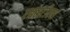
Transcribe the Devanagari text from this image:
एक्सटीएस